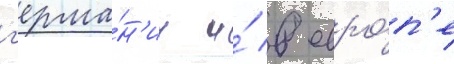
г'ерма́н'ии и́ в евро́п'е